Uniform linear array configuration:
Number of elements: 12
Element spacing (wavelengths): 1
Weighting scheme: hann
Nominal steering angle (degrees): -30
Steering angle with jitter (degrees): -30.932
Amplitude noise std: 0.05
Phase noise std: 0.05

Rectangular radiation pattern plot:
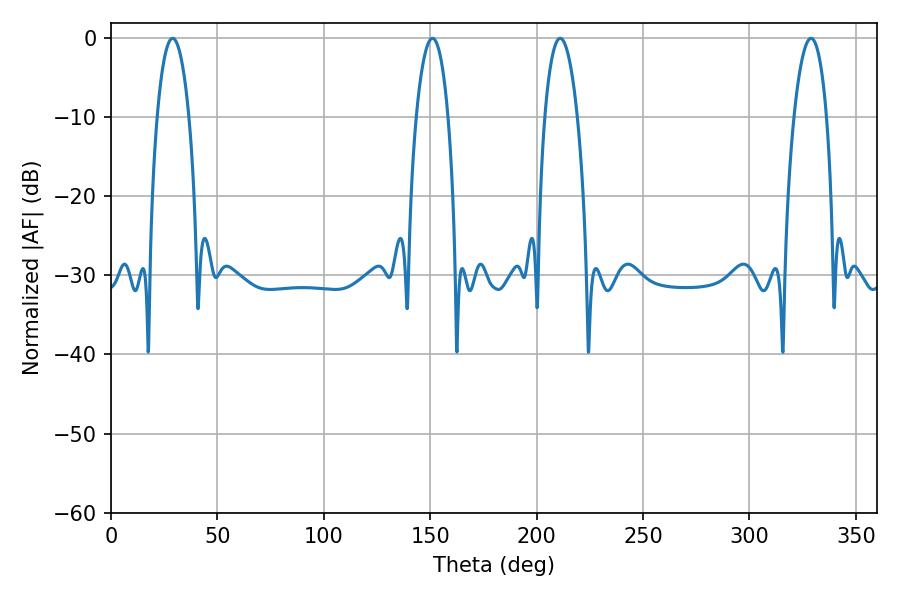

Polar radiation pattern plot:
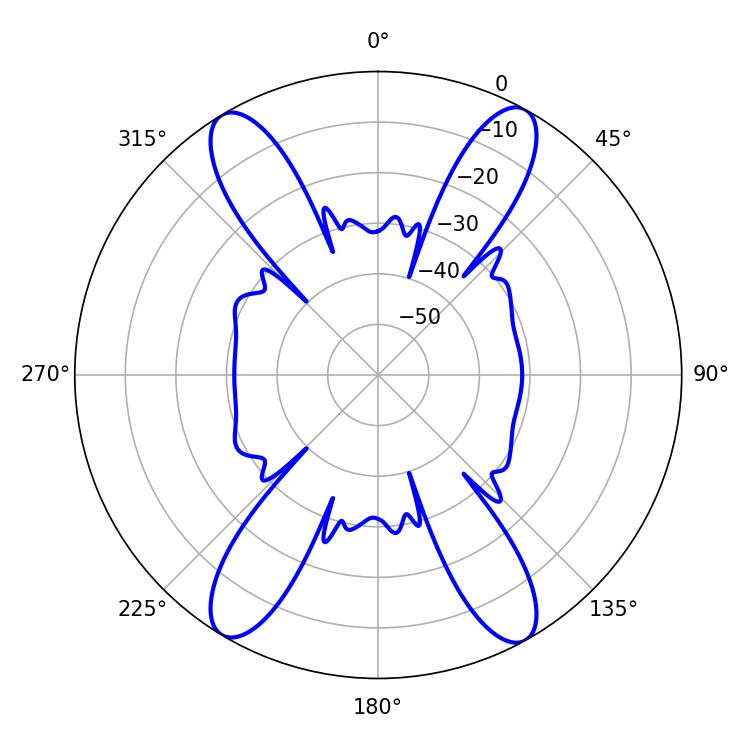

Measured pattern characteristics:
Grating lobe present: TRUE
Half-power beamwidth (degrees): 8.28
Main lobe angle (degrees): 28.98